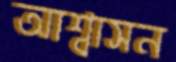
আশ্বাসন